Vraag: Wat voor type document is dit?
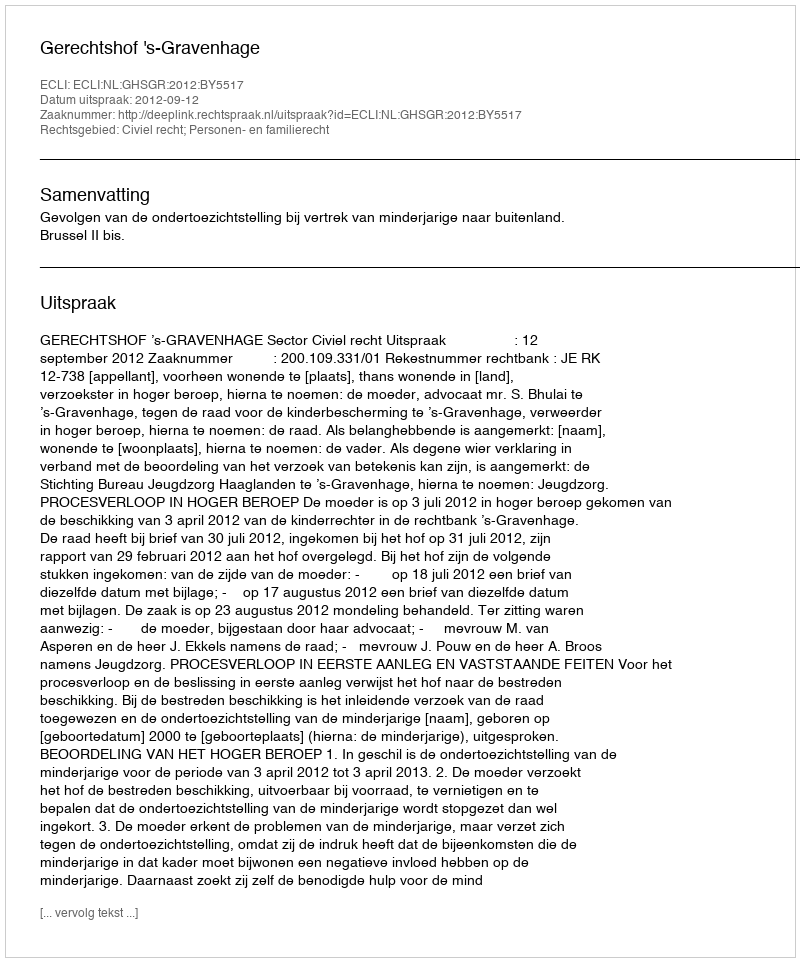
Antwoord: Uitspraak